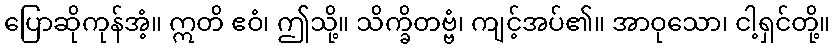
ပြောဆိုကုန်အံ့။ ဣတိ ဧဝံ၊ ဤသို့။ သိက္ခိတဗ္ဗံ၊ ကျင့်အပ်၏။ အာဝုသော၊ ငါ့ရှင်တို့။